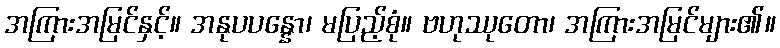
အကြားအမြင်နှင့်။ အနုပပန္နော၊ မပြည့်စုံ။ ဗဟုဿုတော၊ အကြားအမြင်များ၏။